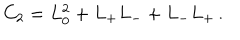
C _ { 2 } = L _ { 0 } ^ { 2 } + L _ { + } L _ { - } + L _ { - } L _ { + } \, .